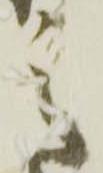
之